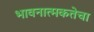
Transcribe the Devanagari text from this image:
भावनात्मकतेचा